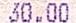
30.00